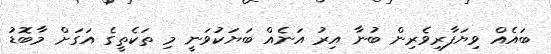
ބައެއް ވިޔަފާރިވެރިން ބުނާ އިރު އަނެއް ބަޔަކުވަނީ މި ތަކެތީގެ އަގަށް މާބޮޑު